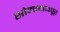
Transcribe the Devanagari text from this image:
सोमनाथपूर